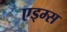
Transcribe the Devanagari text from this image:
एड्म्स